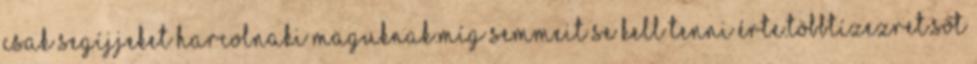
Csak segíjjeket harcolnaki maguknak.Míg semmeit se kell tenni érte.többtízezret.sőt